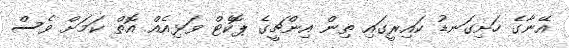
އޭނާގެ ހަށިގަނޑު ކައިރީގައި ތިން އިންޗީގެ ޕޮކެޓް ވަޅިއެއް އޮތް ކަމަށް ވެސް